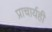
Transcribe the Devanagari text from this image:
प्राचार्यही